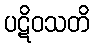
ပဋိဝသတိ